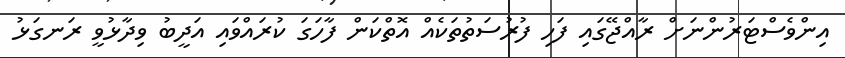
އިންވެސްޓަރުންނަށް ރާއްޖޭގައި ފަހި ފުރުސަތުތަކެއް އޮތްކަން ފާހަގަ ކުރައްވައި އަދީބު ވިދާޅުވީ ރަނގަޅު